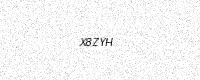
Text: X8ZYH